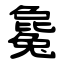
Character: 毚